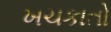
ખચકાતો